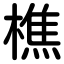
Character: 樵